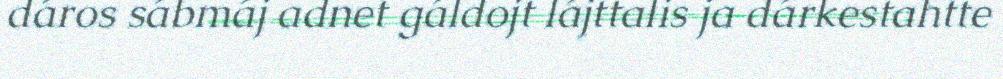
dáros sábmáj adnet gáldojt lájttalis ja dárkestahtte